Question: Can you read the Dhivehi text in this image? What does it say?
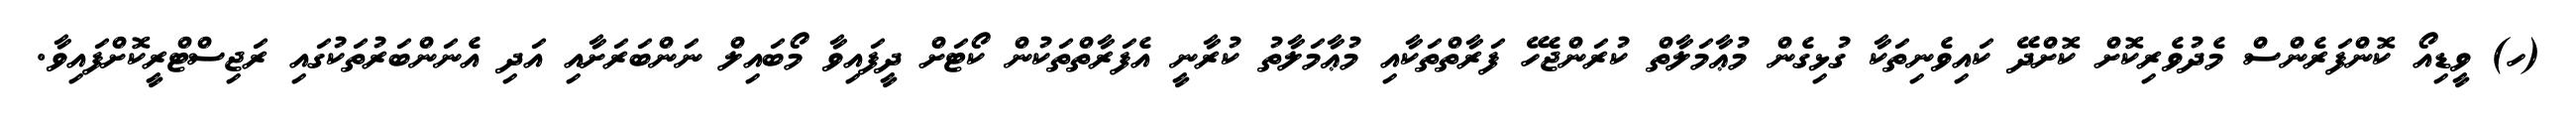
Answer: (ހ) ވީޑިއޯ ކޮންފަރެންސް މެދުވެރިކޮށް ކޮށްދޭ ކައިވެނިތަކާ ގުޅިގެން މުޢާމަލާތް ކުރަންޖެހޭ ފަރާތްތަކާއި މުޢާމަލާތު ކުރާނީ އެފަރާތްތަކުން ކޯޓަށް ދީފައިވާ މޯބައިލް ނަންބަރަށާއި އަދި އެނަންބަރުތަކުގައި ރަޖިސްޓްރީކޮށްފައިވާ.